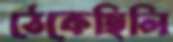
ঠেকেছিলি